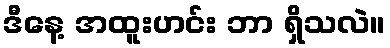
ဒီနေ့ အထူးဟင်း ဘာ ရှိသလဲ။